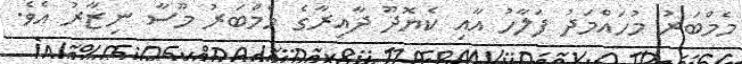
މެމްބަރު މުހައްމަދު ފަލާހު އާއި ކެޔޮދޫ ދާއިރާގެ މެމްބަރު މޫސާ ނިޒާރު އެވެ.